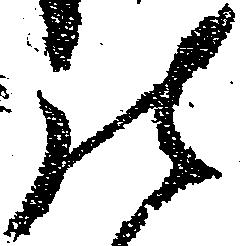
の